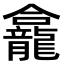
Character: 龕